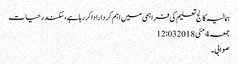
ہمالیہ کالج تعلیم کی فراہمی میں اہم کرداراداکررہاہے،سکندرحیات
جمعہ 4 مئی 2018 12:03
صوابی۔